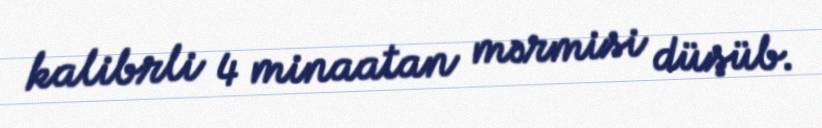
kalibrli 4 minaatan mərmisi düşüb.